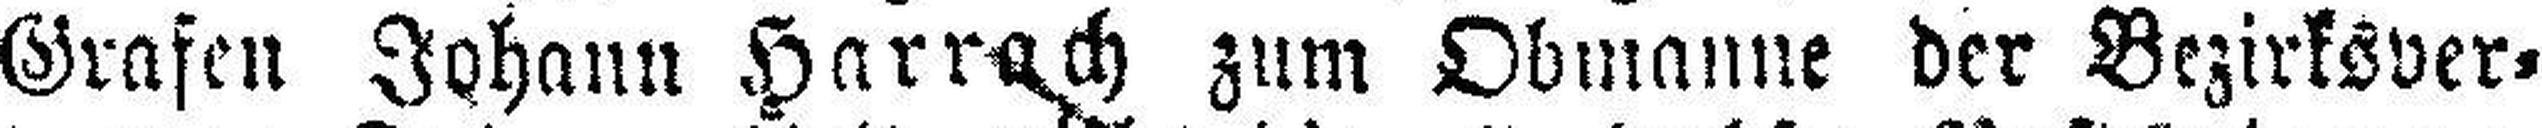
Grafen Johann Harrach zum Obmanne der Bezirksver¬